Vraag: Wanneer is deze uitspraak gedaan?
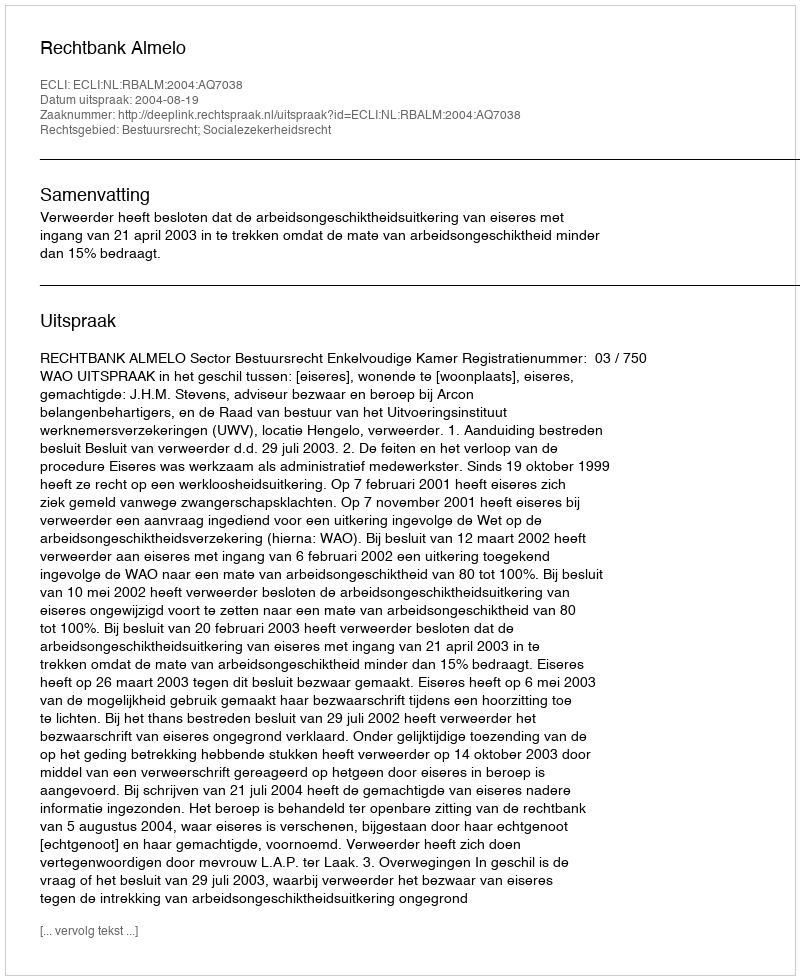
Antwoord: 2004-08-19